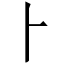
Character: ⺊